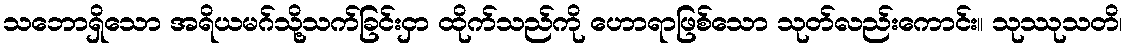
သဘောရှိသော အရိယမဂ်သို့သက်ခြင်းငှာ ထိုက်သည်ကို ဟောရာဖြစ်သော သုတ်လည်းကောင်း။ သုဿုသတိ၊